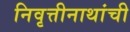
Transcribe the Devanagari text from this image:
निवृत्तीनाथांची